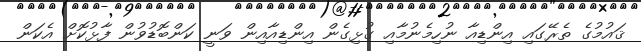
ޤައުމުގެ ތެރޭގައި އިންޑިއާ ނުހިމެނުމާއި ގުޅިގެން އިންޑިއާއިން ވަނީ ކަންބޮޑުވުން ފާޅުކޮށް އެކަން